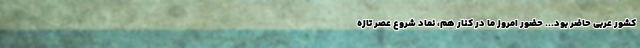
کشور عربی حاضر بود... حضور امروز ما در کنار هم، نماد شروع عصر تازه